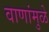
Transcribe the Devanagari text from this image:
वाणांमुळे